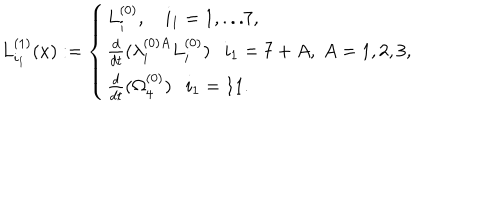
LaTeX: L _ { i _ { 1 } } ^ { ( 1 ) } ( x ) : = \left\{ \begin{array} { l l l } { { L _ { i } ^ { ( 0 ) } , \ i _ { 1 } = 1 , . . . 7 , } } \\ { { \frac { d } { d t } ( \lambda _ { i } ^ { ( 0 ) A } L _ { i } ^ { ( 0 ) } ) i _ { 1 } = 7 + A , ~ A = 1 , 2 , 3 , } } \\ { { \frac { d } { d t } ( \Omega _ { 4 } ^ { ( 0 ) } ) i _ { 1 } = 1 1 . } } \\ \end{array} \right.